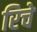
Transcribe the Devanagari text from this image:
रिचे